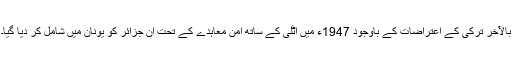
بالآخر ترکی کے اعتراضات کے باوجود 1947ء میں اٹلی کے ساتھ امن معاہدے کے تحت ان جزائر کو یونان میں شامل کر دیا گیا۔